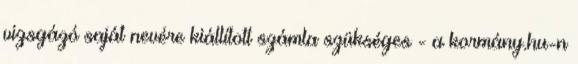
vizsgázó saját nevére kiállított számla szükséges - a kormány.hu-n